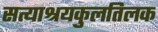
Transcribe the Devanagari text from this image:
सत्याश्रयकुलतिलक